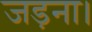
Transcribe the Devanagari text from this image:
जड़ना।